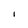
Character: I